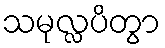
သမုလ္လပိတွာ